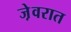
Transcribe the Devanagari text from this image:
जे़वरात